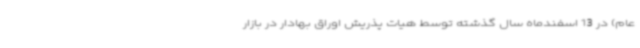
عام) در 13 اسفندماه سال گذشته توسط هیات پذریش اوراق بهادار در بازار